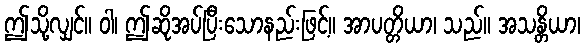
ဤသို့လျှင်။ ဝါ၊ ဤဆိုအပ်ပြီးသောနည်းဖြင့်။ အာပတ္တိယာ၊ သည်။ အသန္တိယာ၊